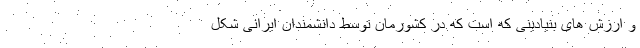
و ارزش های بنیادینی که است که در کشورمان توسط دانشمندان ایرانی شکل